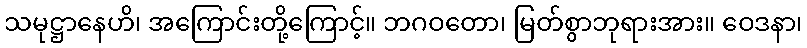
သမုဋ္ဌာနေဟိ၊ အကြောင်းတို့ကြောင့်။ ဘဂဝတော၊ မြတ်စွာဘုရားအား။ ဝေဒနာ၊